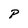
Character: P